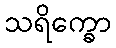
သရိက္ခော